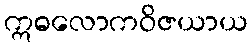
ဣဓလောကဝိဇယာယ